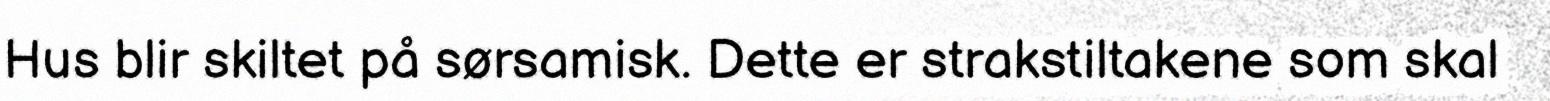
Hus blir skiltet på sørsamisk. Dette er strakstiltakene som skal